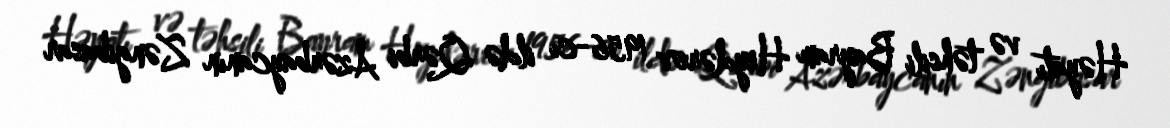
Həyatı və təhsili Bayram Heydərov 1956-cı ildə Qərbi Azərbaycanın Zəngibasar